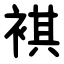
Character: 褀